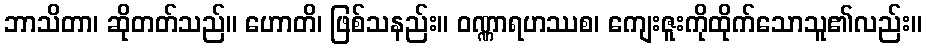
ဘာသိတာ၊ ဆိုတတ်သည်။ ဟောတိ၊ ဖြစ်သနည်း။ ဝဏ္ဏာရဟဿစ၊ ကျေးဇူးကိုထိုက်သောသူ၏လည်း။